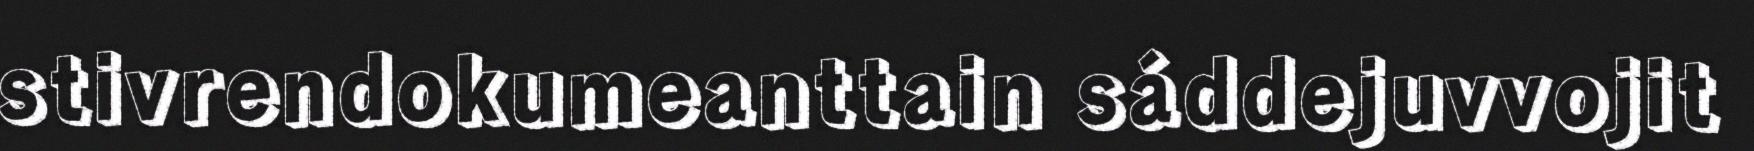
stivrendokumeanttain sáddejuvvojit